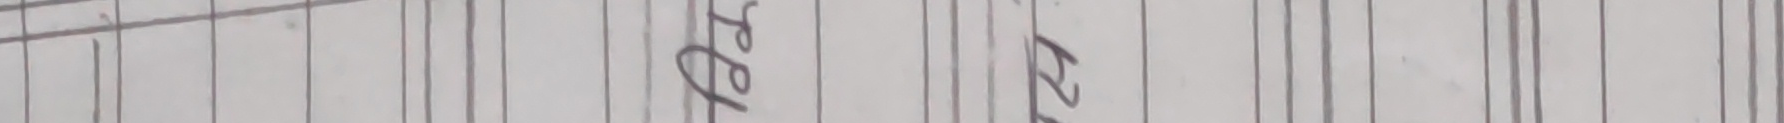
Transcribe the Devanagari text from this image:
अंतिम दस्तावेज